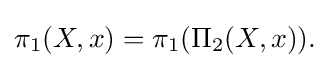
\pi _{1}(X,x)=\pi _{1}(\Pi _{2}(X,x)).\!